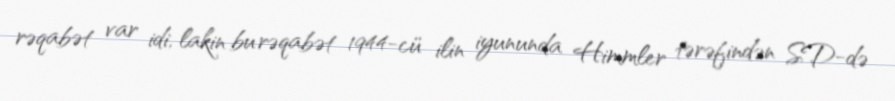
rəqabət var idi, lakin bu rəqabət 1944-cü ilin iyununda Himmler tərəfindən SD-də